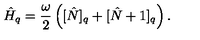
\hat { H } _ { q } = \frac { \omega } { 2 } \left( [ \hat { N } ] _ { q } + [ \hat { N } + 1 ] _ { q } \right) .